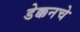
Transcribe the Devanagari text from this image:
डेक्कनचे